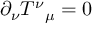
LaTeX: \partial _ { \nu } T ^ { \nu } { } _ { \mu } = 0